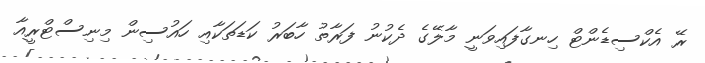
ރޭ އެކްސިޑެންޓް ހިނގާފައިވަނީ މާލޭގެ ދެކުނު ފަރާތު ހާބަރު ކަޑަތަކާއި ހައުސިން މިނިސްޓްރީއާ